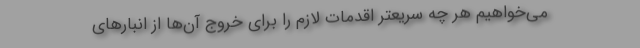
می‌خواهیم هر چه سریعتر اقدمات لازم را برای خروج آن‌ها از انبارهای